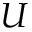
U